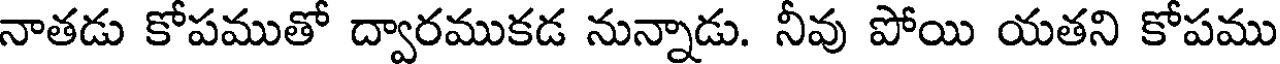
నాతడు కోపముతో ద్వారముకడ నున్నాడు. నీవు పోయి యతని కోపము